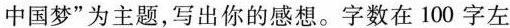
中国梦”为主题，写出你的感想。字数在100字左